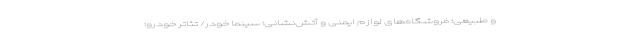
و طبیعی؛ فروشگاه‌های لوازم ایمنی و آتش‌نشانی؛ سینما خودر/ تئاتر خودرو؛